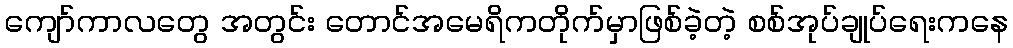
ကျော်ကာလတွေ အတွင်း တောင်အမေရိကတိုက်မှာဖြစ်ခဲ့တဲ့ စစ်အုပ်ချုပ်ရေးကနေ